Annual administration report of the Civil Veterinary Department of India - 1897-1898
Year: 1897
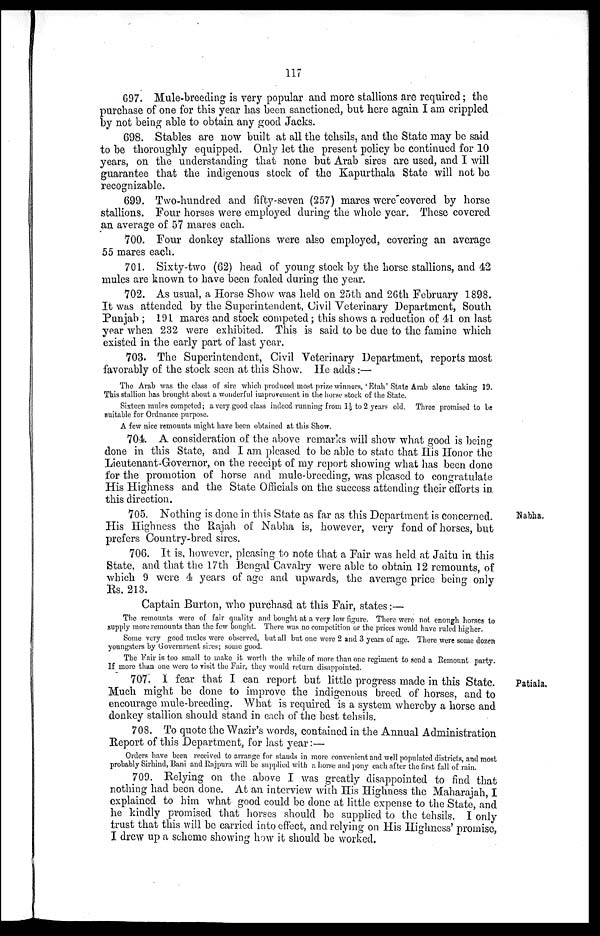
117
697. Mule-breeding is very popular and more stallions are required; the
purchase of one for this year has been sanctioned, but here again I am crippled
by not being able to obtain any good Jacks.
698. Stables are now built at all the tehsils, and the State may be said
to be thoroughly equipped. Only let the present policy be continued for 10
years, on the understanding that none but Arab sires are used, and I will
guarantee that the indigenous stock of the Kapurthala State will not be,
recognizable.
699. Two-hundred and fifty-seven (257) mares were covered by horse
stallions. Four horses were employed during the whole year. These covered
an average of 57 mares each.
700. Four donkey stallions were also employed, covering an average
55 mares each.
701. Sixty-two (62) head of young stock by the horse stallions, and 42
mules are known to have been foaled during the year.
702. As usual, a Horse Show was held on 25th and 26th February 1898.
It was attended by the Superintendent, Civil Veterinary Department, South
Punjab; 191 mares and stock competed; this shows a reduction of 41 on last
year when 232 were exhibited. This is said to be due to the famine which
existed in the early part of last year.
703. The Superintendent, Civil Veterinary Department, reports most
favorably of the stock seen at this Show. He adds:—
The Arab was the class of sire which produced most prize winnors, 'Etah' State Arab alone taking 19.
This stallion has brought about a wonderful improvement in the horse stock of the State.
Sixteen mules competed; a very good class indeed running from 1½ to 2 years old. Three promised to be
suitable for Ordnance purpose.
A few nice remounts might have been obtained at this Show.
704 A consideration of the above remarks will show what good is being
done in this State, and I am pleased to be able to state that His Honor the
Lieutenant-Governor, on the receipt of my report showing what has been done
for the promotion of horse and mule-breeding, was pleased to congratulate
His Highness and the State Officials on the success attending their efforts in
this direction.
Nabha.
705. Nothing is done in this State as far as this Department is concerned.
His Highness the Rajah of Nabha is, however, very fond of horses, but
prefers Country-bred sires.
706. It is, however, pleasing to note that a Fair was held at Jaitu in this
State, and that the 17th Bengal Cavalry were able to obtain 12 remounts, of
which 9 were 4 years of age and upwards, the average price being only
Rs. 213.
Captain Burton, who purchasd at this Fair, states:—
The remounts were of fair quality and bought at a very low figure. There were not enough horses to
supply more remounts than the few bought. There was no competition or the prices would have ruled higher.
Some very good mules were observed, but all but one were 2 and 3 years of age. There were some dozen
youngsters by Government sires; some good.
The Fair is too small to make it worth the while of more than one regiment to send a Remount party.
If more than one were to visit the Fair, they would return disappointed.
Patiala.
707. I fear that I can report but little progress made in this State.
Much might be done to improve the indigenous breed of horses, and to
encourage mule-breeding. What is required is a system whereby a horse and
donkey stallion should stand in each of the best tehsils.
708. To quote the Wazir's words, contained in the Annual Administration
Report of this Department, for last year:—
Orders have been received to arrange for stands in more convenient and well populated districts, and most
probably Sirhind, Bani and Rajpura will be supplied with a horse and pony each after the first fall of rain.
709. Relying on the above I was greatly disappointed to find that
nothing had been done. At an interview with His Highness the Maharajah, I
explained to him what good could be done at little expense to the State, and
he kindly promised that horses should be supplied to the tehsils. I only
trust that this will be carried into effect, and relying on His Highness' promise,
I drew up a scheme showing how it should be worked.